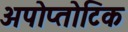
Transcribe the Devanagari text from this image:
अपोप्तोटिक